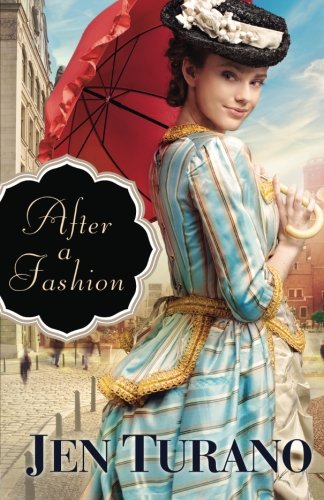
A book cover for After a Fashion; Jen Turano; Romance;